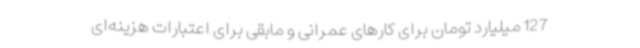
127 میلیارد تومان برای کارهای عمرانی و مابقی برای اعتبارات هزینه‌ای